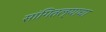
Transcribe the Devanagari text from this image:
सांगितल्याचा